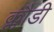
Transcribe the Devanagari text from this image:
क्लौडी